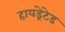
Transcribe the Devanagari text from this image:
हायड्रेटेड